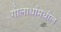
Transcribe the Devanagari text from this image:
गोलार्धांमधील